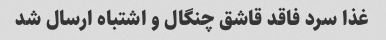
غذا سرد فاقد قاشق چنگال و اشتباه ارسال شد